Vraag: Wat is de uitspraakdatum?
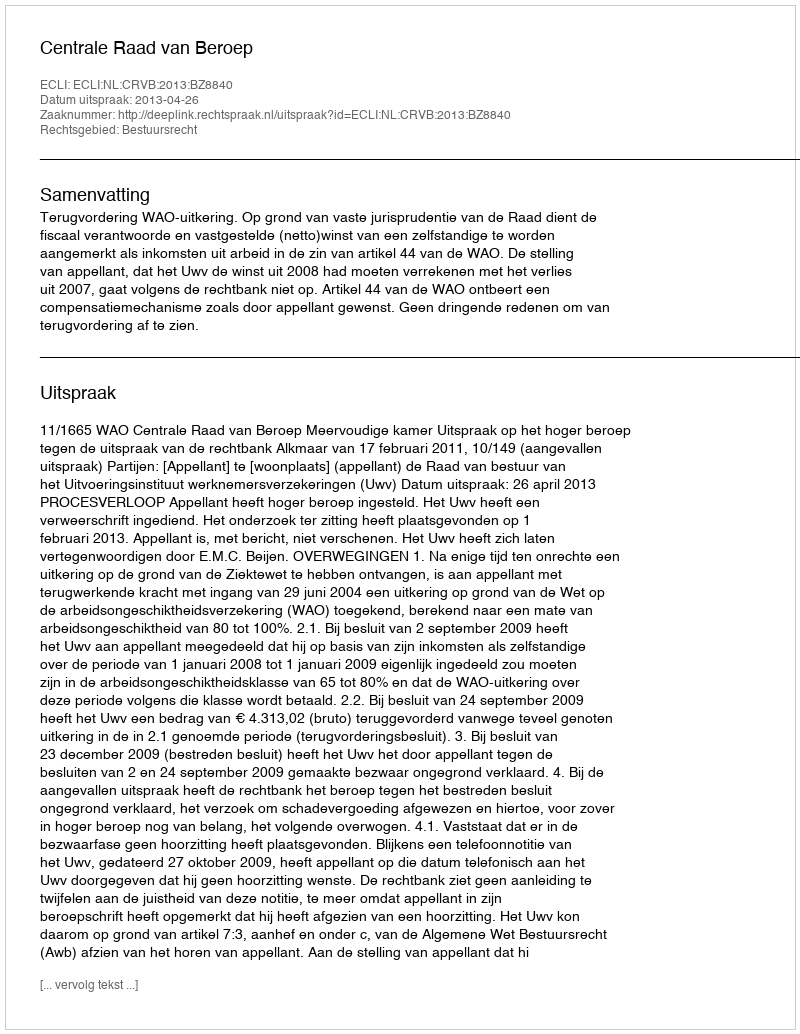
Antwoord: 2013-04-26